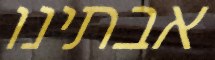
אבתינו